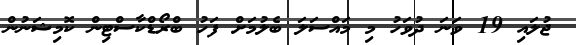
ޖުލައި 19 ވަނަ ދުވަހު މި މައްސަލަ ބެލުމަށް ފަހު ބްރޯޑްކާސްޓިން ކޮމިޝަނުން